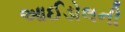
આઈડોલની